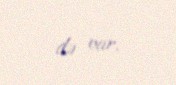
də var.